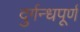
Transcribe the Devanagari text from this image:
दुर्गन्धपूर्ण